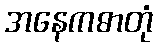
အနေကဓာတုံ